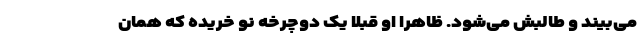
می‌بیند و طالبش می‌شود. ظاهرا او قبلا یک دوچرخه نو خریده که همان